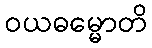
ဝယဓမ္မောတိ